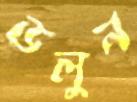
ডলুন